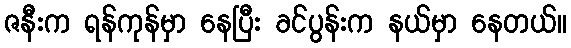
ဇနီးက ရန်ကုန်မှာ နေပြီး ခင်ပွန်းက နယ်မှာ နေတယ်။